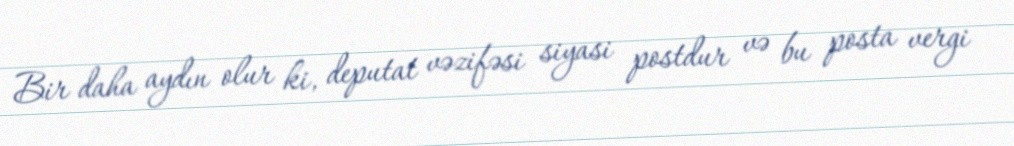
Bir daha aydın olur ki, deputat vəzifəsi siyasi postdur və bu posta vergi